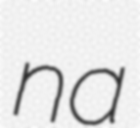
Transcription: na